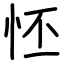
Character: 怌